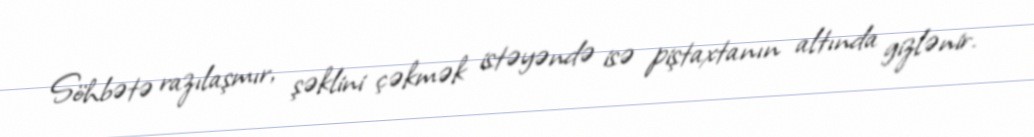
Söhbətə razılaşmır, şəklini çəkmək istəyəndə isə piştaxtanın altında gizlənir.